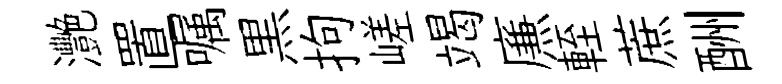
灧置嘱黒拘嵯竭㢘輊蔗酬